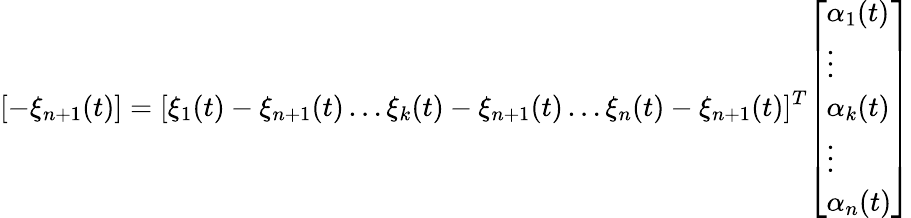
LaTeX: [-\xi_{n+1}(t)]=[\xi_{1}(t)-\xi_{n+1}(t)\dots\xi_{k}(t)-\xi_{n+1}(t)\dots\xi_{n}(t)-\xi_{n+1}(t)]^{T}{\left[\begin{array}{l}{\alpha_{1}(t)}\\ {\vdots}\\ {\alpha_{k}(t)}\\ {\vdots}\\ {\alpha_{n}(t)}\end{array}\right]}